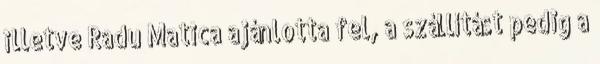
illetve Radu Matica ajánlotta fel, a szállítást pedig a